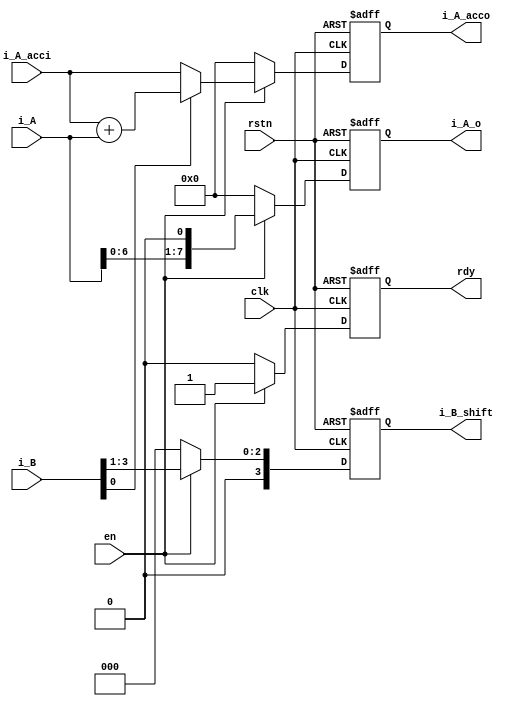
module    mult_cell
    #(parameter A_width=4,
      parameter B_width=4)
    (
      input                           clk,
      input                           rstn,
      input                           en,
      input [B_width+A_width-1:0]     i_A,      
      input [B_width-1:0]             i_B,      
      input [B_width+A_width-1:0]     i_A_acci, //

      output reg [B_width+A_width-1:0]i_A_o,     //
      output reg [B_width-1:0]        i_B_shift, //
      output reg [A_width+B_width-1:0]i_A_acco,  //
      output reg                rdy );

    always @(posedge clk or negedge rstn) begin
        if (!rstn) begin
            rdy          <= 'b0 ;
            i_A_o        <= 'b0 ;
            i_A_acco     <= 'b0 ;
            i_B_shift    <= 'b0 ;
        end
        else if (en) begin
            rdy            <= 1'b1 ;
            i_B_shift    <= i_B >> 1 ;
            i_A_o        <= i_A << 1 ;
            if (i_B[0]) begin
                //1
                i_A_acco  <= i_A_acci + i_A ;  
            end
            else begin
                i_A_acco  <= i_A_acci ; //1
            end
        end
        else begin
            rdy            <= 'b0 ;
            i_A_o        <= 'b0 ;
            i_A_acco     <= 'b0 ;
            i_B_shift    <= 'b0 ;
        end
    end

endmodule

module    mult_man
    #(parameter A_width=4,
      parameter B_width=4)
    (
      input                     clk,
      input                     rstn,
      input                     data_rdy ,
      input [A_width-1:0]             i_A,
      input [B_width-1:0]             i_B,

      output                    res_rdy ,
      output [A_width+B_width-1:0]          res );

    wire [A_width+B_width-1:0]       i_A_t [B_width-1:0] ;
    wire [B_width-1:0]         i_B_t [B_width-1:0] ;
    wire [A_width+B_width-1:0]       i_A_acc_t [B_width-1:0] ;
    wire [B_width-1:0]         rdy_t ;

    // generate 
    mult_cell      #(.A_width(A_width), .B_width(B_width))
    u_mult_step0
    (
      .clk              (clk),
      .rstn             (rstn),
      .en               (data_rdy),
      .i_A            ({{(B_width){1'b0}}, i_A}),
      .i_B            (i_B),
      .i_A_acci       ({(A_width+B_width){1'b0}}),
      //output
      .i_A_acco       (i_A_acc_t[0]),
      .i_B_shift      (i_B_t[0]),
      .i_A_o          (i_A_t[0]),
      .rdy              (rdy_t[0]) );

    // generate 
    genvar               i ;
    generate
        for(i=1; i<=B_width-1; i=i+1) begin: mult_stepx
            mult_cell      #(.A_width(A_width), .B_width(B_width))
            u_mult_step
            (
              .clk              (clk),
              .rstn             (rstn),
              .en               (rdy_t[i-1]),
              .i_A            (i_A_t[i-1]),
              .i_B            (i_B_t[i-1]),
              //
              .i_A_acci       (i_A_acc_t[i-1]),
              //output
              .i_A_acco       (i_A_acc_t[i]),                                      
              .i_A_o          (i_A_t[i]),  //
              .i_B_shift      (i_B_t[i]),  //
              .rdy              (rdy_t[i]) );
        end
    endgenerate

    assign res_rdy       = rdy_t[B_width-1];
    assign res           = i_A_acc_t[B_width-1];

endmodule